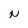
Character: N